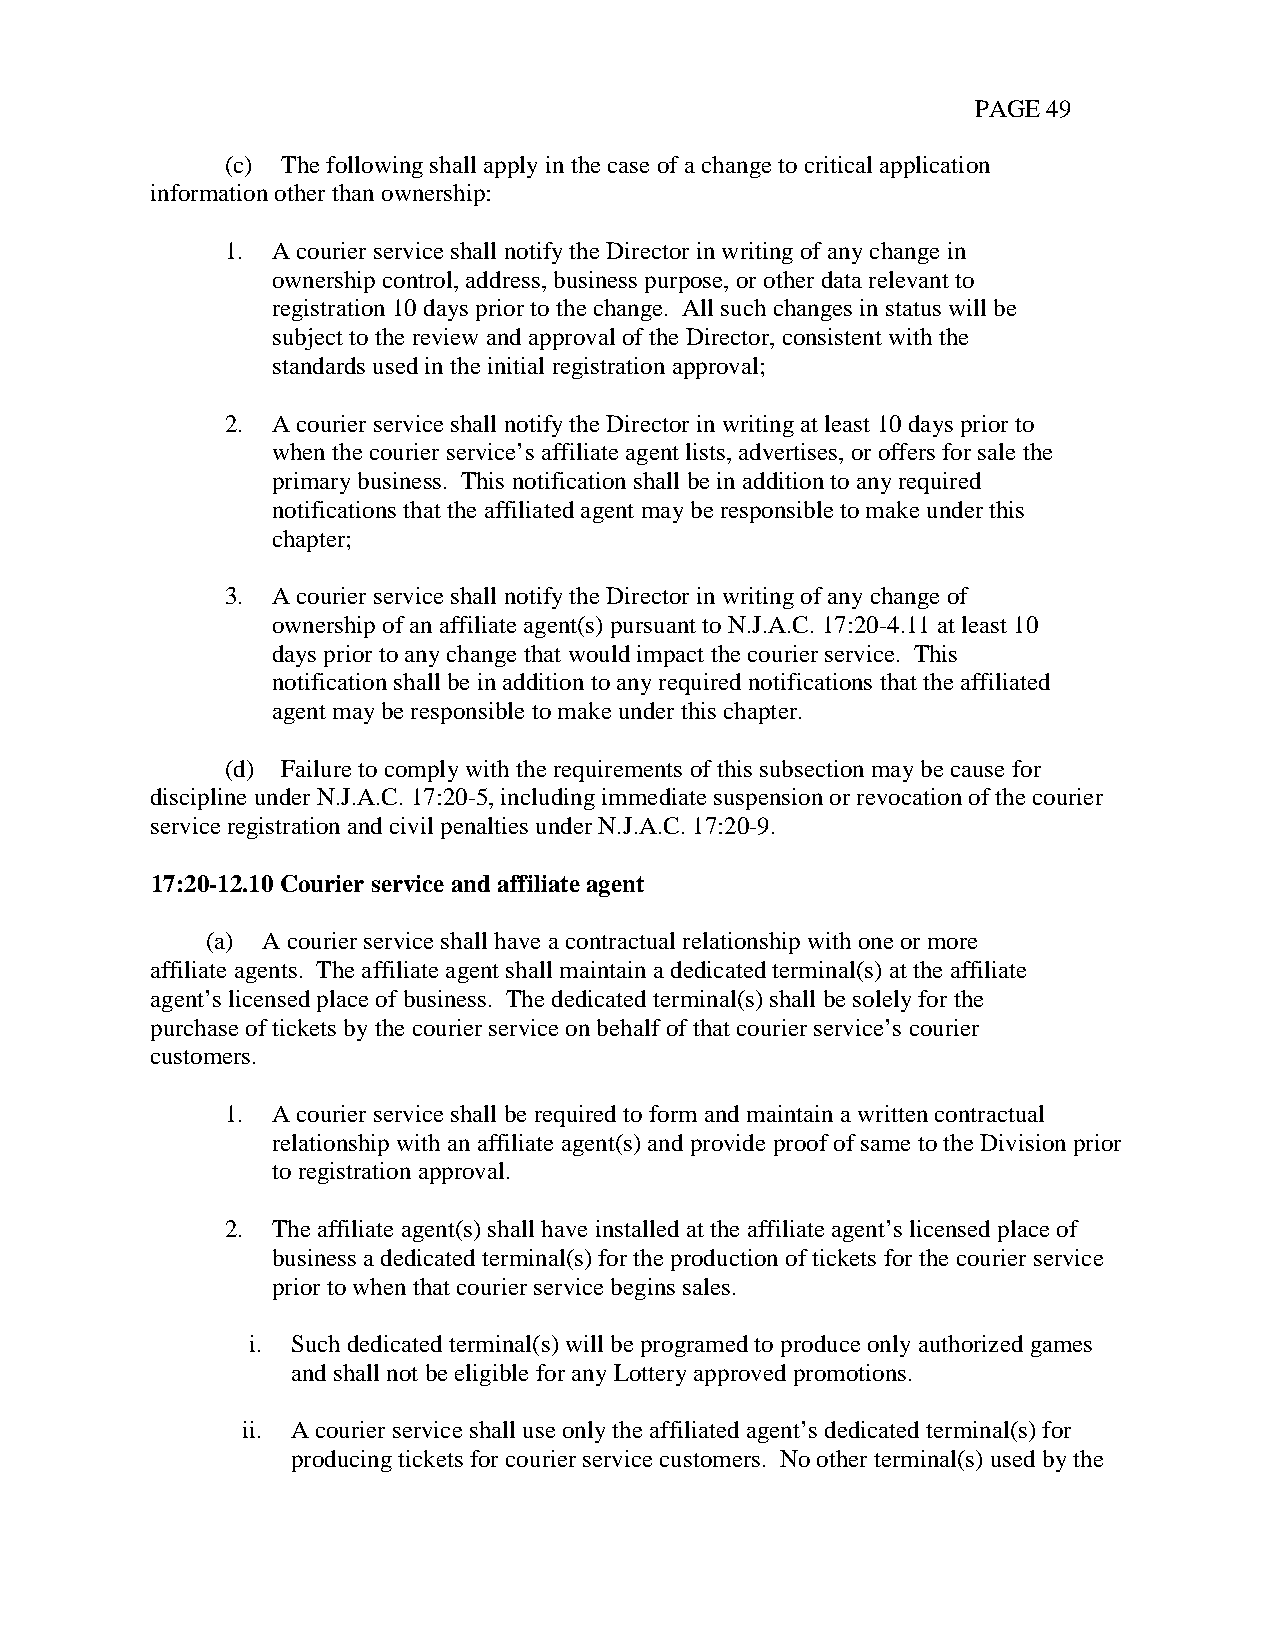
PAGE 49
 (c) The following shall apply in the case of a change to critical application
 information other than ownership:
 1. A courier service shall notify the Director in writing of any change in
 ownership control, address, business purpose, or other data relevant to
 registration 10 days prior to the change. All such changes in status will be
 subject to the review and approval of the Director, consistent with the
 standards used in the initial registration approval;
 2. A courier service shall notify the Director in writing at least 10 days prior to
 when the courier service’s affiliate agent lists, advertises, or offers for sale the
 primary business. This notification shall be in addition to any required
 notifications that the affiliated agent may be responsible to make under this
 chapter;
 3. A courier service shall notify the Director in writing of any change of
 ownership of an affiliate agent(s) pursuant to N.J.A.C. 17:20-4.11 at least 10
 days prior to any change that would impact the courier service. This
 notification shall be in addition to any required notifications that the affiliated
 agent may be responsible to make under this chapter.
 (d) Failure to comply with the requirements of this subsection may be cause for
 discipline under N.J.A.C. 17:20-5, including immediate suspension or revocation of the courier
 service registration and civil penalties under N.J.A.C. 17:20-9.
 17:20-12.10 Courier service and affiliate agent
 (a) A courier service shall have a contractual relationship with one or more
 affiliate agents. The affiliate agent shall maintain a dedicated terminal(s) at the affiliate
 agent’s licensed place of business. The dedicated terminal(s) shall be solely for the
 purchase of tickets by the courier service on behalf of that courier service’s courier
 customers.
 1. A courier service shall be required to form and maintain a written contractual
 relationship with an affiliate agent(s) and provide proof of same to the Division prior
 to registration approval.
 2. The affiliate agent(s) shall have installed at the affiliate agent’s licensed place of
 business a dedicated terminal(s) for the production of tickets for the courier service
 prior to when that courier service begins sales.
 i. Such dedicated terminal(s) will be programed to produce only authorized games
 and shall not be eligible for any Lottery approved promotions.
 ii. A courier service shall use only the affiliated agent’s dedicated terminal(s) for
 producing tickets for courier service customers. No other terminal(s) used by the